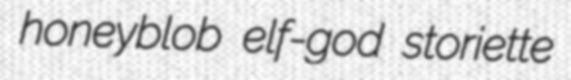
honeyblob elf-god storiette